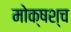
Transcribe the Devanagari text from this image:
मोक्षश्च